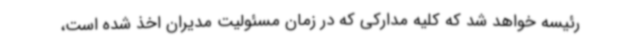
رئیسه خواهد شد که کلیه مدارکی که در زمان مسئولیت مدیران اخذ شده است،